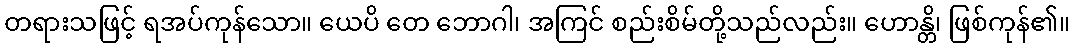
တရားသဖြင့် ရအပ်ကုန်သော။ ယေပိ တေ ဘောဂါ၊ အကြင် စည်းစိမ်တို့သည်လည်း။ ဟောန္တိ၊ ဖြစ်ကုန်၏။